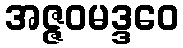
အဇ္ဇဝမဒ္ဒဝေ